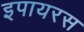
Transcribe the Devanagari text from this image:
इपायरस